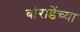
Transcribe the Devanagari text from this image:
बोराडेंच्या